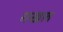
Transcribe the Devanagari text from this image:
गखल